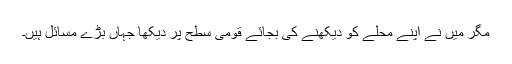
مگر میں نے اپنے محلے کو دیکھنے کی بجائے قومی سطح پر دیکھا جہاں بڑے مسائل ہیں۔